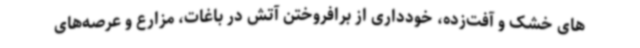
های خشک و آفت‌زده، خودداری از برافروختن آتش در باغات، مزارع و عرصه‌های